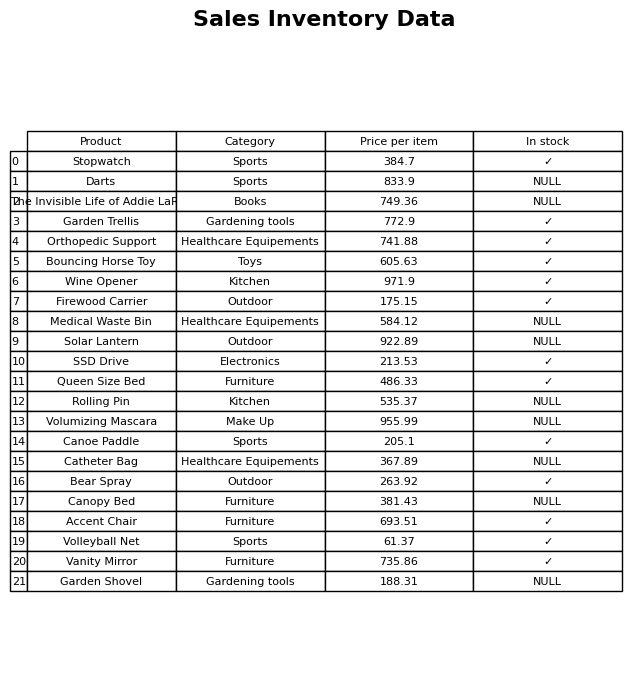
question: What is the price of the Bear Spray?
answer: The price of Bear Spray is 263.92.